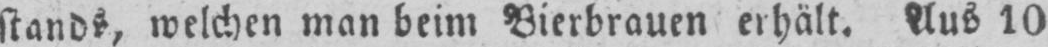
stands, welchen man beim Bierbrauen erhält. Aus 10